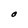
Character: O